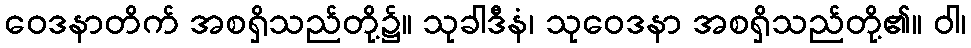
ဝေဒနာတိက် အစရှိသည်တို့၌။ သုခါဒီနံ၊ သုဝေဒနာ အစရှိသည်တို့၏။ ဝါ၊